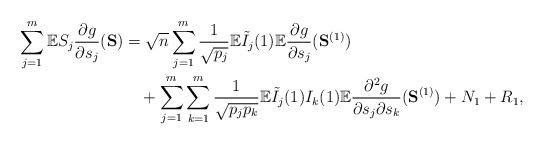
LaTeX: \begin{align*}\sum_{j=1}^m\mathbb{E}S_j\frac{\partial g}{\partial s_j}(\mathbf{S})&=\sqrt{n}\sum_{j=1}^m\frac{1}{\sqrt{p_j}}\mathbb{E}\tilde{I}_j(1)\mathbb{E}\frac{\partial g}{\partial s_j}(\mathbf{S}^{(1)})\\&\quad+\sum_{j=1}^m\sum_{k=1}^m\frac{1}{\sqrt{p_jp_k}}\mathbb{E}\tilde{I}_j(1)I_k(1)\mathbb{E}\frac{\partial^2g}{\partial s_j\partial s_k}(\mathbf{S}^{(1)}) +N_1+R_1,\end{align*}